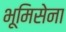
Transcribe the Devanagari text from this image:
भूमिसेना